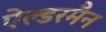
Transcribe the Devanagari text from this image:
ऐल्डरमैन